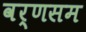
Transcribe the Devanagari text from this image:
वर्णसम